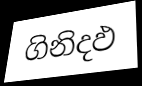
ගිනිදඵ